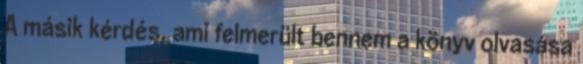
A másik kérdés, ami felmerült bennem a könyv olvasása